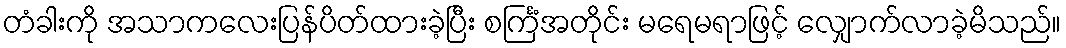
တံခါးကို အသာကလေးပြန်ပိတ်ထားခဲ့ပြီး စင်္ကြံအတိုင်း မရေမရာဖြင့် လျှောက်လာခဲ့မိသည်။